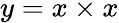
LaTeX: y=x\times x